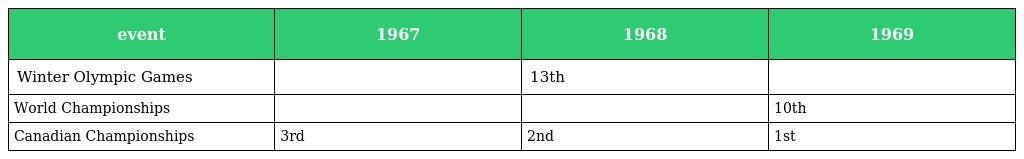
| event | 1967 | 1968 | 1969 |
 | --- | --- | --- | --- |
 | Winter Olympic Games |  | 13th |  |
 | World Championships |  |  | 10th |
 | Canadian Championships | 3rd | 2nd | 1st |